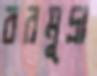
বরমুদ্রা